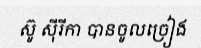
ស៊ូ ស៊ីរីកា បានចូលច្រៀង